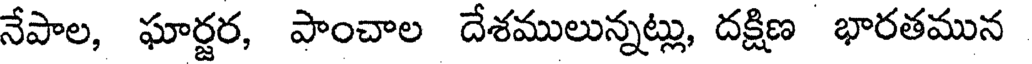
నేపాల, ఘార్జర, పాంచాల దేశములున్నట్లు, దక్షిణ భారతమున